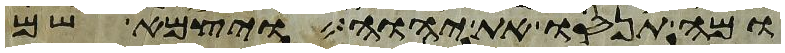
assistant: ומה תנסו את יהוה ויצמא שם